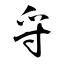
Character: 寽